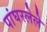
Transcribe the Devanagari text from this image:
पांघरलेले